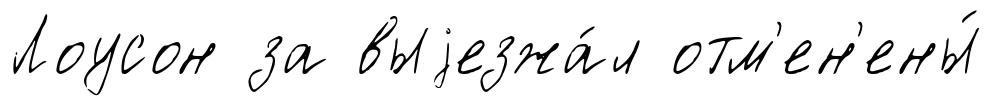
Лоусон за выjезжа́л отм'ен'ены́